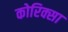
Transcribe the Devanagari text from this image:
कोरिक्सा